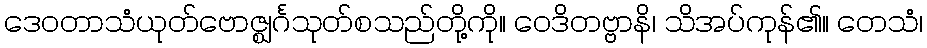
ဒေဝတာသံယုတ်ဗောဇ္ဈင်္ဂသုတ်စသည်တို့ကို။ ဝေဒိတဗ္ဗာနိ၊ သိအပ်ကုန်၏။ တေသံ၊